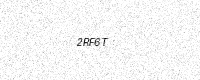
Text: 2RF6T